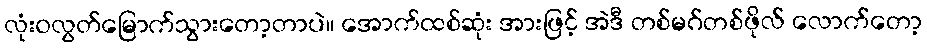
လုံးဝလွတ်မြောက်သွားတော့တာပဲ။ အောက်ထစ်ဆုံး အားဖြင့် အဲဒီ တစ်မဂ်တစ်ဖိုလ် လောက်တော့